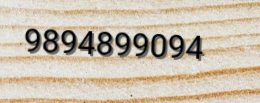
9894899094